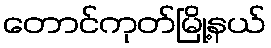
တောင်ကုတ်မြို့နယ်